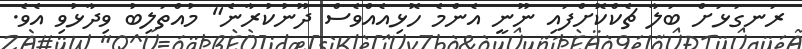
ރަނގަޅަށް ބަލާ ޗެކްކޮށްފައި ނޫނީ އެންމެ ހޮޅިއެއްވެސް ދޫނުކުރާނެ" މުއްތަލިބު ވިދާޅުވި އެވެ.